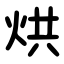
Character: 烘